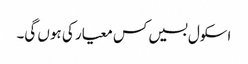
اسکول بسیں کس معیار کی ہوں گی۔